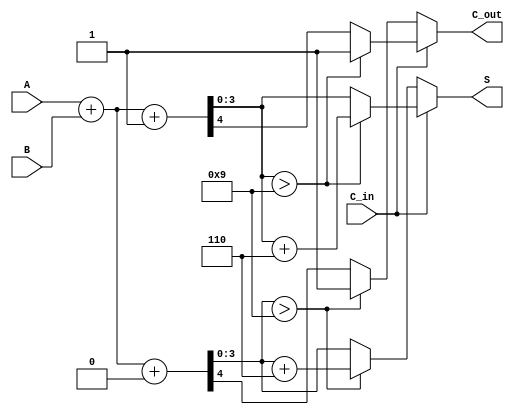
module BCD_Modified_Carry_Select_Adder (
    input [3:0] A,        // 4-bit BCD input A
    input [3:0] B,        // 4-bit BCD input B
    input C_in,           // Carry input
    output reg [3:0] S,   // 4-bit BCD sum output
    output reg C_out      // Carry output
);

    wire [4:0] sum0;     // Sum when C_in = 0
    wire [4:0] sum1;     // Sum when C_in = 1
    wire C0, C1;         // Carry outputs for both cases

    // Full Adder for C_in = 0
    assign sum0 = A + B + 1'b0; // C_in = 0
    assign C0 = sum0[4];        // Carry out for C_in = 0

    // Full Adder for C_in = 1
    assign sum1 = A + B + 1'b1; // C_in = 1
    assign C1 = sum1[4];        // Carry out for C_in = 1

    // BCD Correction Logic
    always @(*) begin
        if (C_in == 0) begin
            if (sum0[3:0] > 4'b1001) begin
                S = sum0[3:0] + 4'b0110; // Add 6 if sum exceeds 9
                C_out = 1'b1;            // Set carry out
            end else begin
                S = sum0[3:0];
                C_out = C0;              // Carry out from sum0
            end
        end else begin
            if (sum1[3:0] > 4'b1001) begin
                S = sum1[3:0] + 4'b0110; // Add 6 if sum exceeds 9
                C_out = 1'b1;            // Set carry out
            end else begin
                S = sum1[3:0];
                C_out = C1;              // Carry out from sum1
            end
        end
    end

endmodule